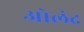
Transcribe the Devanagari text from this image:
ओलंद